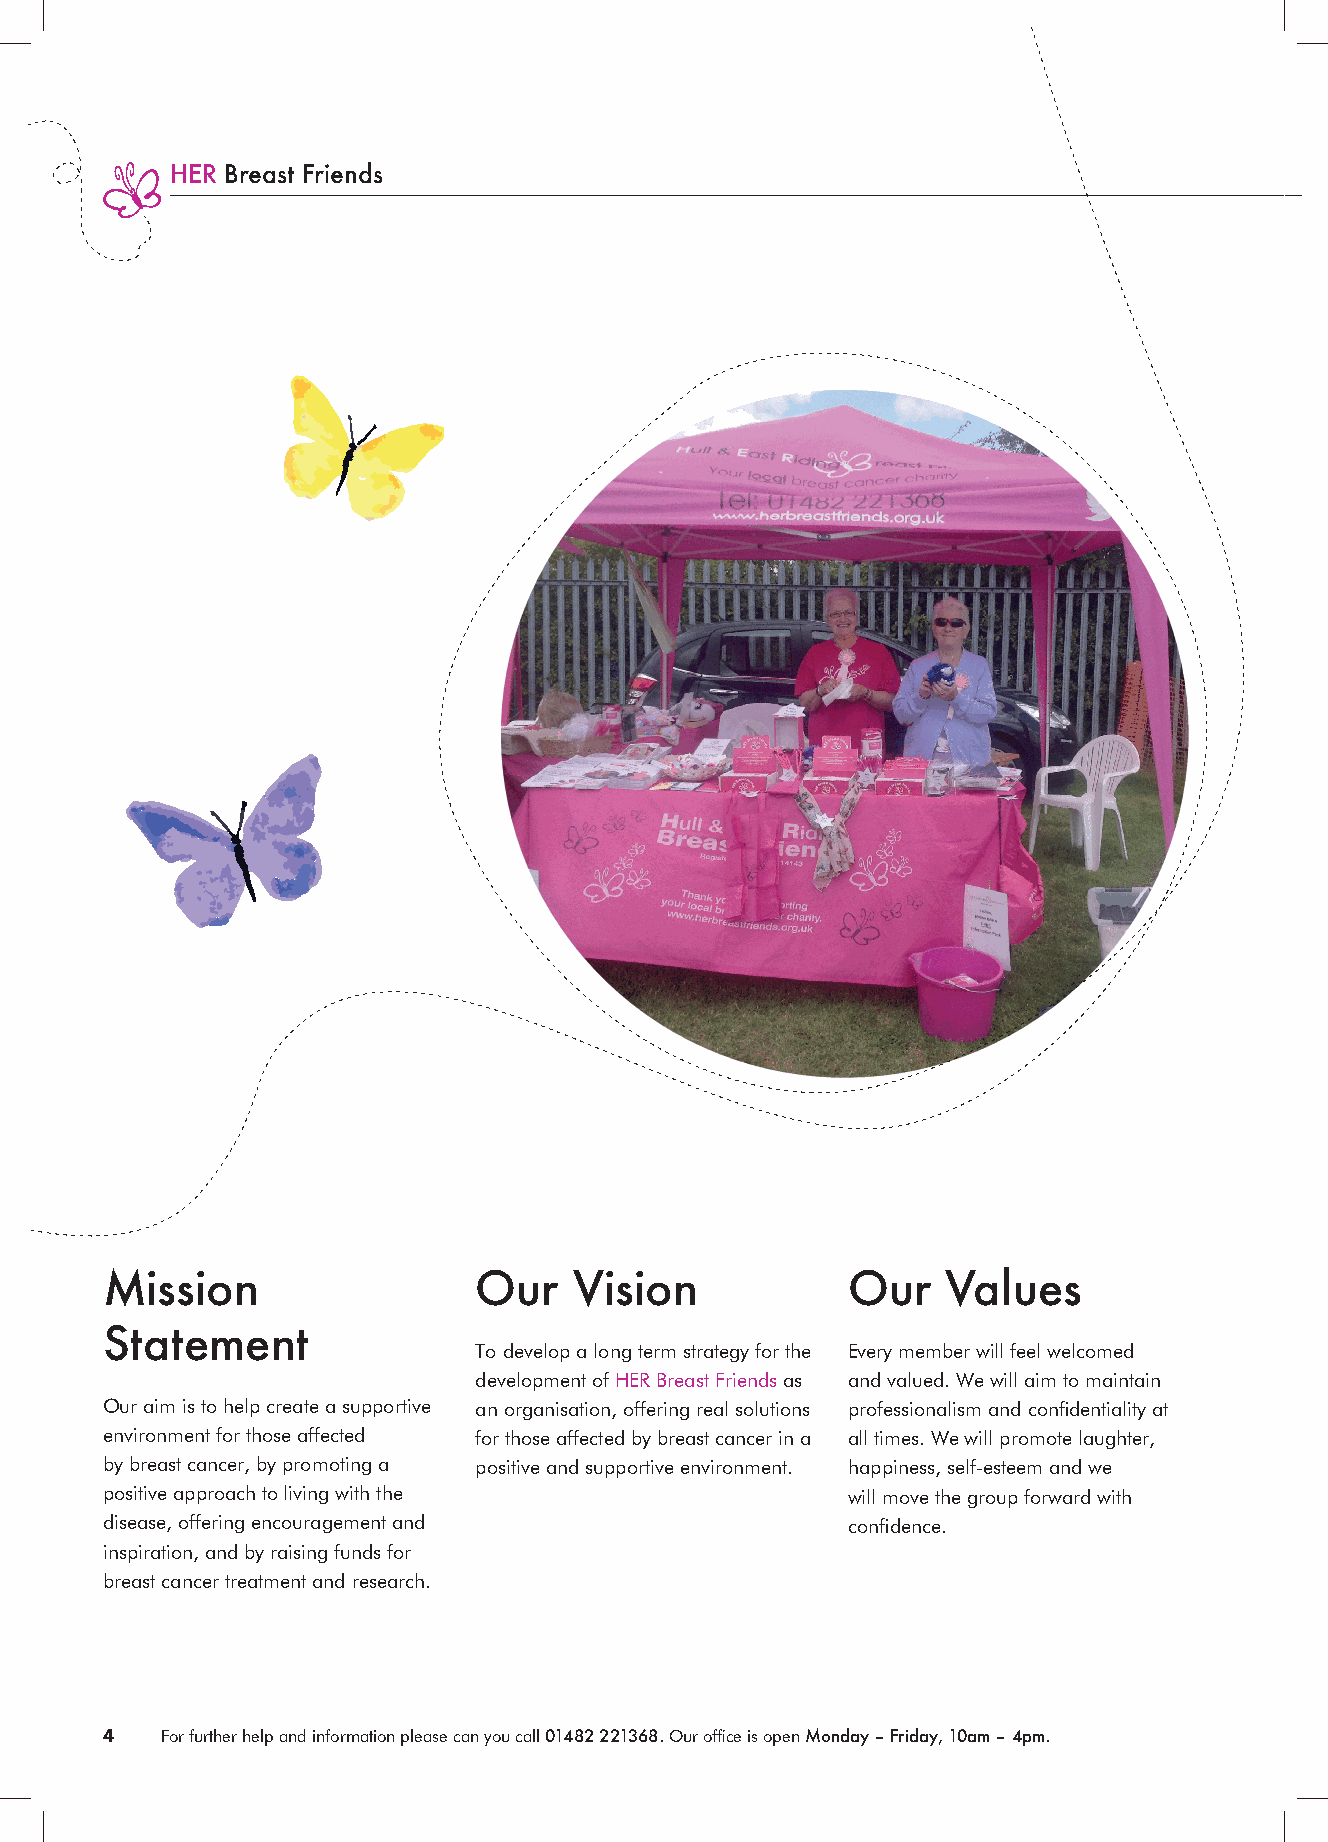
HER Breast Friends
 Mission                 Our    Vision            Our    Values
 Statement
 To develop a long term strategy for the Every member will feel welcomed
 development of HER Breast Friends as and valued. We will aim to maintain
 Our aim is to help create a supportive an organisation, offering real solutions professionalism and confidentiality at
 environment for those affected for those affected by breast cancer in a all times. We will promote laughter,
 by breast cancer, by promoting a positive and supportive environment. happiness, self-esteem and we
 positive approach to living with the             will move the group forward with
 disease, offering encouragement and              confidence.
 inspiration, and by raising funds for
 breast cancer treatment and research.
 4   For further help and information please can you call 01482 221368. Our office is open Monday – Friday, 10am – 4pm.